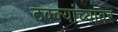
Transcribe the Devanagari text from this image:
टक्‍क्‍यांच्यावर